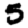
Digit: 5